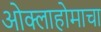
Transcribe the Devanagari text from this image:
ओक्लाहोमाचा